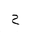
Letter: _ha